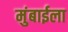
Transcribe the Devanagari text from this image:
मुंबाईला